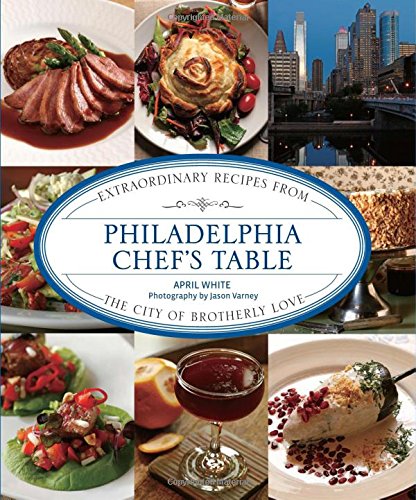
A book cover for Philadelphia Chef's Table: Extraordinary Recipes From The City Of Brotherly Love; April White; Cookbooks, Food & Wine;